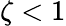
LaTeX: \zeta<1